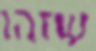
שזהו